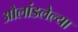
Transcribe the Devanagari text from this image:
ओलांडलेल्या